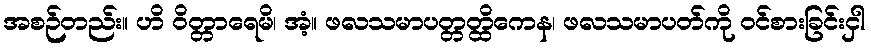
အစဉ်တည်း။ ဟိ ဝိတ္တာရေမိ၊ အံ့။ ဖလသမာပတ္တတ္ထိကေန၊ ဖလသမာပတ်ကို ဝင်စားခြင်းငှါ